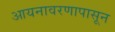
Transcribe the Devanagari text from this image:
आयनावरणापासून